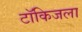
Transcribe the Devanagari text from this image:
टॉकिजला